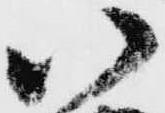
八